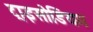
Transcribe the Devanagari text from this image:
ट्राइसोडियम